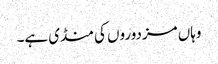
وہاں مزدوروں کی منڈی ہے۔